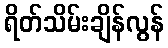
ရိတ်သိမ်းချိန်လွန်